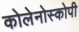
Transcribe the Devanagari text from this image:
कोलेनोस्कोपी